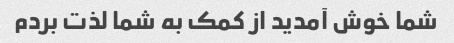
شما خوش آمدید از کمک به شما لذت بردم